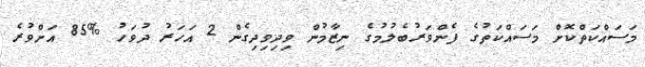
މަސައްކަތްކޮށް މަސައްކަތުގެ ފެންވަރުބެލުމުގެ ނިޒާމުން ވިދިވިދިގެން 2 އަހަރު ދުވަހު %85 އަށްވުރެ